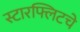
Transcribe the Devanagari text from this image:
स्टारफ्लिटचे